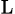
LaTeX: _\textrm{L}